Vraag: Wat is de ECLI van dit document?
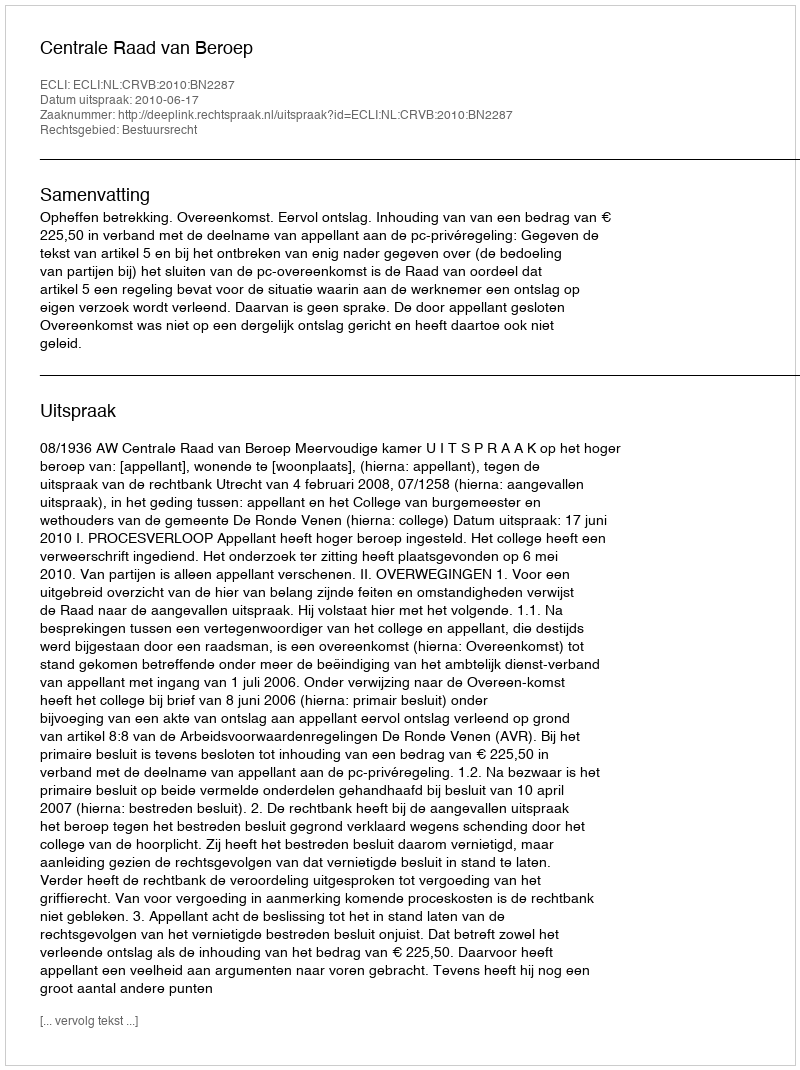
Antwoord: ECLI:NL:CRVB:2010:BN2287